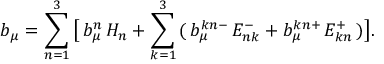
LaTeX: b _ { \mu } = \sum _ { n = 1 } ^ { 3 } \, \bigl [ \, b _ { \mu } ^ { n } \, H _ { n } + \sum _ { k = 1 } ^ { 3 } \, ( \, b _ { \mu } ^ { k n - } \, E _ { n k } ^ { - } + b _ { \mu } ^ { k n + } \, E _ { k n } ^ { + } \, ) \bigr ] .